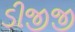
ડીજીજી